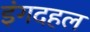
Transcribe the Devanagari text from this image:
इंगदहल